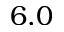
6 . 0